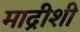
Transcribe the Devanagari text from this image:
माद्रीशी